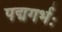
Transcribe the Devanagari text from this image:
पद्मगर्भः